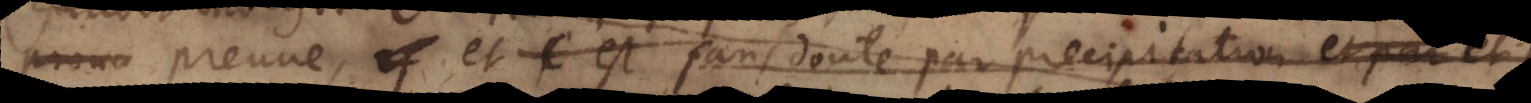
cette preuve, et c’est sans doute par precipitation et par sa